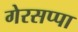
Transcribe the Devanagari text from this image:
गेरसप्पा